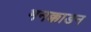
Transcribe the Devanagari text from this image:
मनक्काडन